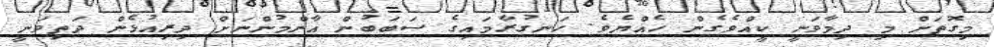
މިގޮތަށް މި ދިމާވަނީ ކީއްވެގެން ހެއްޔެވެ. ހަނގުރާމައިގެ ސަބަބުން އާންމުންނަށް ދިރިއުޅެން ދަތިވަނީ